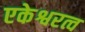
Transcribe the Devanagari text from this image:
एकेश्वरत्व